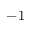
- 1